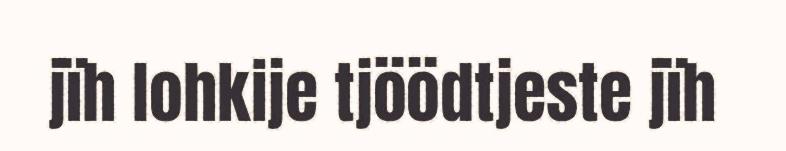
jïh lohkije tjöödtjeste jïh